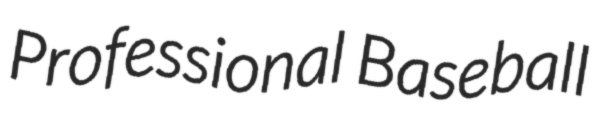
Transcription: Professional Baseball